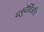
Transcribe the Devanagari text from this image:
ब्लुचेर्छिअति